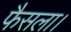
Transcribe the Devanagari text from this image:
फैसला।